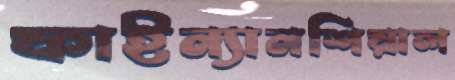
ফাইন্যানশিয়াল